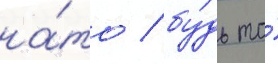
на́то / бу́дь то́